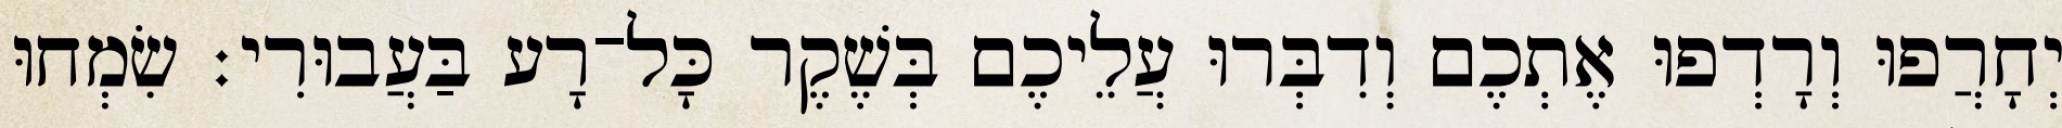
יְחָרֲפוּ וְרָדְפוּ אֶתְכֶם וְדִבְּרוּ עֲלֵיכֶם בְּשֶׁקֶר כָּל־רָע בַּעֲבוּרִי׃ שִׂמְחוּ